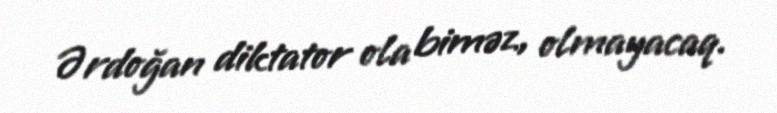
Ərdoğan diktator ola biməz, olmayacaq.